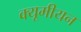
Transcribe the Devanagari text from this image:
क्यूमीयन